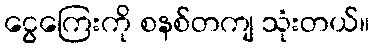
ငွေကြေးကို စနစ်တကျ သုံးတယ်။